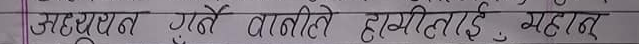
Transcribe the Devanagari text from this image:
अहृदयताले गर्दा हामीलाई महद्